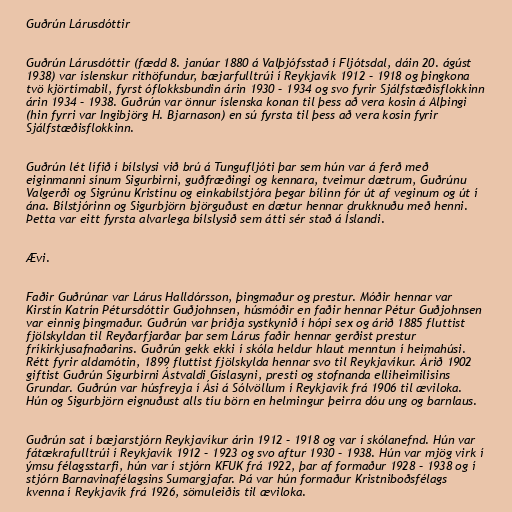
Guðrún Lárusdóttir

Guðrún Lárusdóttir (fædd 8. janúar 1880 á Valþjófsstað í Fljótsdal, dáin 20. ágúst
1938) var íslenskur rithöfundur, bæjarfulltrúi í Reykjavík 1912 – 1918 og þingkona
tvö kjörtímabil, fyrst óflokksbundin árin 1930 – 1934 og svo fyrir Sjálfstæðisflokkinn
árin 1934 – 1938. Guðrún var önnur íslenska konan til þess að vera kosin á Alþingi
(hin fyrri var Ingibjörg H. Bjarnason) en sú fyrsta til þess að vera kosin fyrir
Sjálfstæðisflokkinn.

Guðrún lét lífið í bílslysi við brú á Tungufljóti þar sem hún var á ferð með
eiginmanni sínum Sigurbirni, guðfræðingi og kennara, tveimur dætrum, Guðrúnu
Valgerði og Sigrúnu Kristínu og einkabílstjóra þegar bílinn fór út af veginum og út í
ána. Bílstjórinn og Sigurbjörn björguðust en dætur hennar drukknuðu með henni.
Þetta var eitt fyrsta alvarlega bílslysið sem átti sér stað á Íslandi.

Ævi.

Faðir Guðrúnar var Lárus Halldórsson, þingmaður og prestur. Móðir hennar var
Kirstín Katrín Pétursdóttir Guðjohnsen, húsmóðir en faðir hennar Pétur Guðjohnsen
var einnig þingmaður. Guðrún var þriðja systkynið í hópi sex og árið 1885 fluttist
fjölskyldan til Reyðarfjarðar þar sem Lárus faðir hennar gerðist prestur
fríkirkjusafnaðarins. Guðrún gekk ekki í skóla heldur hlaut menntun í heimahúsi.
Rétt fyrir aldamótin, 1899 fluttist fjölskylda hennar svo til Reykjavíkur. Árið 1902
giftist Guðrún Sigurbirni Ástvaldi Gíslasyni, presti og stofnanda elliheimilisins
Grundar. Guðrún var húsfreyja í Ási á Sólvöllum í Reykjavík frá 1906 til æviloka.
Hún og Sigurbjörn eignuðust alls tíu börn en helmingur þeirra dóu ung og barnlaus.

Guðrún sat í bæjarstjórn Reykjavíkur árin 1912 – 1918 og var í skólanefnd. Hún var
fátækrafulltrúi í Reykjavík 1912 – 1923 og svo aftur 1930 – 1938. Hún var mjög virk í
ýmsu félagsstarfi, hún var í stjórn KFUK frá 1922, þar af formaður 1928 – 1938 og í
stjórn Barnavinafélagsins Sumargjafar. Þá var hún formaður Kristniboðsfélags
kvenna í Reykjavík frá 1926, sömuleiðis til æviloka.